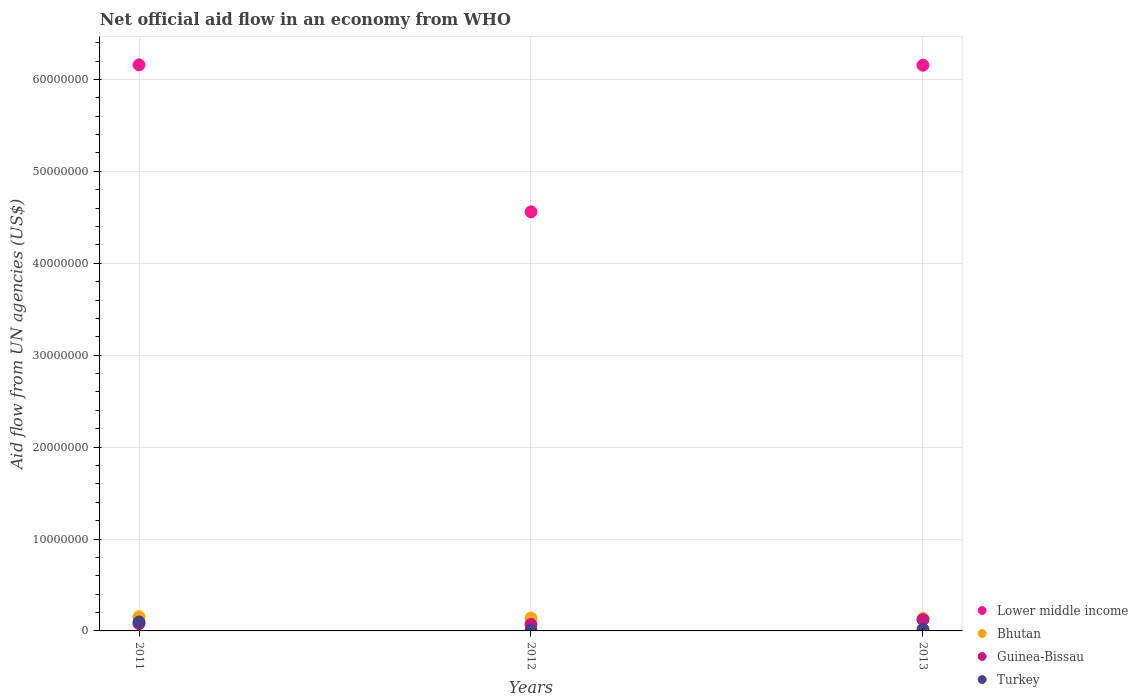
| Years | Lower middle income | Bhutan | Guinea-Bissau | Turkey |
 | --- | --- | --- | --- | --- |
 | 2011 | 6.16e+07 | 1.55e+06 | 7.9e+05 | 9.8e+05 |
 | 2012 | 4.56e+07 | 1.4e+06 | 7e+05 | 6e+04 |
 | 2013 | 6.16e+07 | 1.34e+06 | 1.23e+06 | 1.7e+05 |